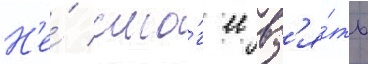
Н'е́ смо́г ее вз'я́ть